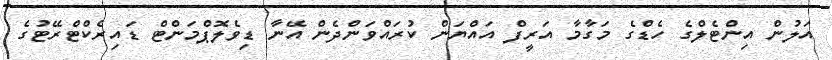
އަލުން އިންޓެލްގެ ހެޑްގެ މަގާމާ އަރީފް އައްޔަން ކުރައްވަންދެން އޭނާ ޑިވެލޮޕްމަންޓް ޑައިރެކްޓްރޭޓުގެ